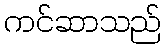
ကင်ဆာသည်